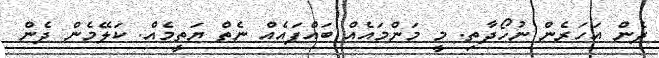
ދެން އަހަރެން ނުހޯދާތި. މީ މަންމައެއް ބައްޕައެއް ނެތް ޔަތީމެއް. ކަލޭމެން ދެން